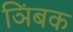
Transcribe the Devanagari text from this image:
ञिंबक